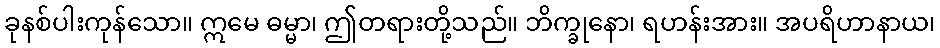
ခုနစ်ပါးကုန်သော။ ဣမေ ဓမ္မာ၊ ဤတရားတို့သည်။ ဘိက္ခုနော၊ ရဟန်းအား။ အပရိဟာနာယ၊